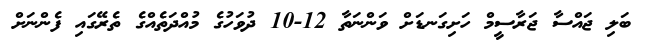
ބަލި ޖައްސާ ޖަރާސީމް ހަށިގަނޑަށް ވަންނަތާ 12-10 ދުވަހުގެ މުއްދަތެއްގެ ތެރޭގައި ފެންނަށް